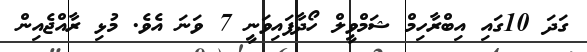
ގަދަ 10ގައި އިބްރާހިމް ޝަމްވީލް ހޯދާފައިވަނީ 7 ވަނަ އެވެ. މުޅި ރާއްޖެއިން